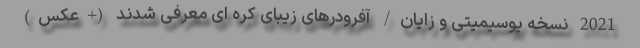
2021 نسخه یوسیمیتی و زایان/ آفرودرهای زیبای کره ای معرفی شدند (+عکس)